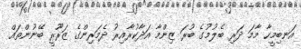
އަނބިމީހާ މާމަ ދަރި ބެލުމުގެ ބުރަ ޒިންމާ އަދާކުރާއިރު ދެމަރިންގެ ޒަރޫރީ ބޭނުންތައް